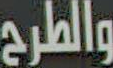
والطرح